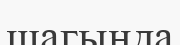
шагында